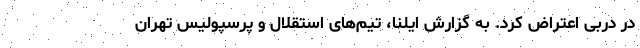
در دربی اعتراض کرد. به گزارش ایلنا، تیم‌های استقلال و پرسپولیس تهران